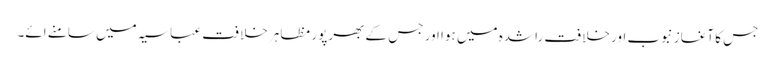
جس کا آغاز نبوب اور خلافت راشدہ میں ہوا اور جس کے بھرپور مظاہر خلافت عباسیہ میں سامنے ائے۔